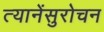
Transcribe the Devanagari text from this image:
त्यानेंसुरोचन